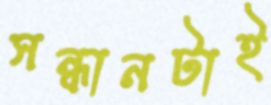
সন্ধানটাই